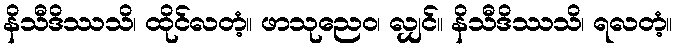
နိသီဒိဿသိ၊ ထိုင်လတံ့။ ဖာသုညေဝ၊ လျှင်။ နိသီဒိဿသိ၊ ရလတံ့။